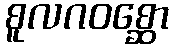
စူလဂဝစ္ဆော